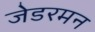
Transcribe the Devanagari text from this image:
जेडरमन